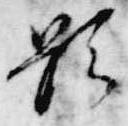
顕